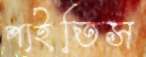
পাইতিস